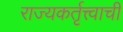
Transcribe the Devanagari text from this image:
राज्यकर्तृत्त्वाची